Punjab Mental Hospital Lahore 1922-31 - 1922-1931
Year: 1922
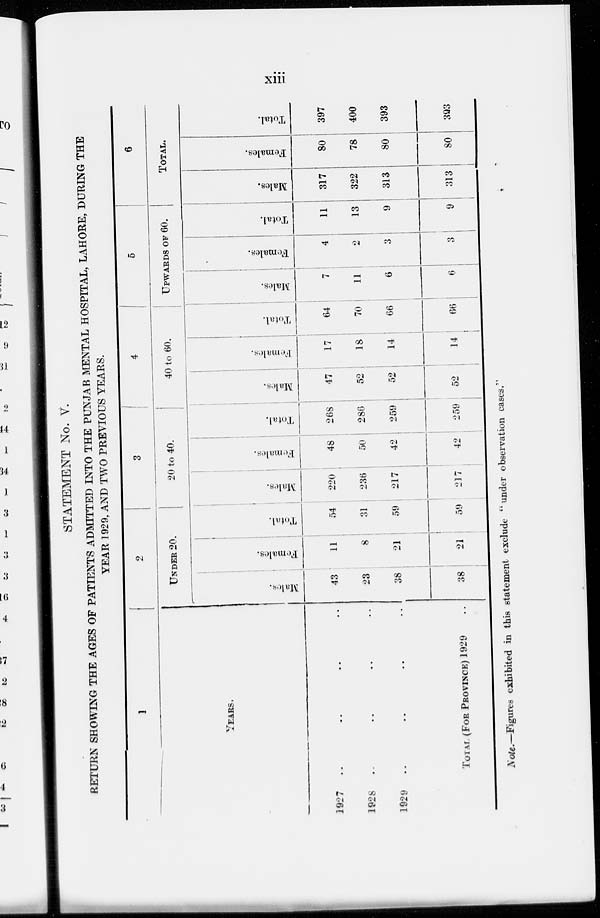
xiii
STATEMENT No. V.
RETURN SHOWING THE AGES OF PATIENTS ADMITTED INTO THE PUNJAB MENTAL HOSPITAL, LAHORE, DURING THE
YEAR 1929, AND TWO PREVIOUS YEARS.
1
YEARS.
1927 .. .. .. ..
1928
..
..
..
..
1929 .. .. .. ..
TOTAL (FOR PROVINCE) 1929 ..
2
UNDER 20.
Males.
43
23
38
38
Females.
11
8
21
21
Total.
54
31
59
59
3
20 to 40.
Males.
220
236
217
217
Females.
48
50
42
42
Total.
268
286
259
259
4
40 to 60.
Males.
47
52
52
52
Females.
17
18
14
14
Total.
64
70
66
66
5
UPWARDS OF 60.
Males.
7
11
6
6
Females.
4
2
3
3
Total.
11
13
9
9
6
TOTAL.
Males.
317
322
313
313
Females.
80
78
80
80
Total.
397
400
393
393
Note.—Figures exhibited in this statement exclude "under observation cases."